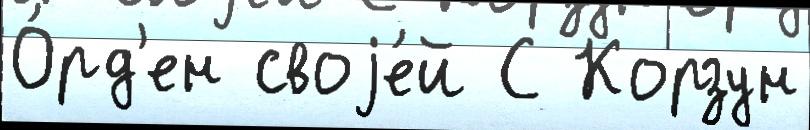
О́рд'ен своjе́й С Корзун